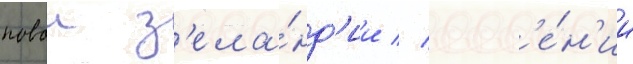
новои з'ела́нд'ии // Евг'е́н'ии